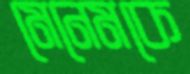
মেনেমকে